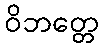
ဝိဘတ္တေ